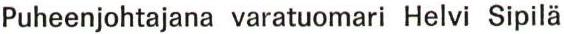
Puheenjohtajana varatuomari Helvi Sipilä